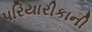
પરિયારીકાની